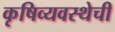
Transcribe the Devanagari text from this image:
कृषिव्यवस्थेची